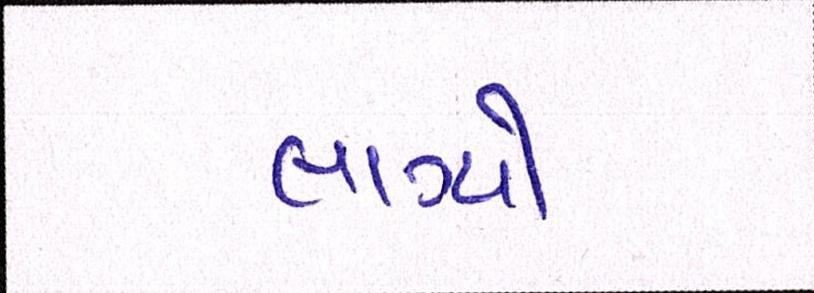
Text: લાગ્યો